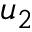
u _ { 2 }